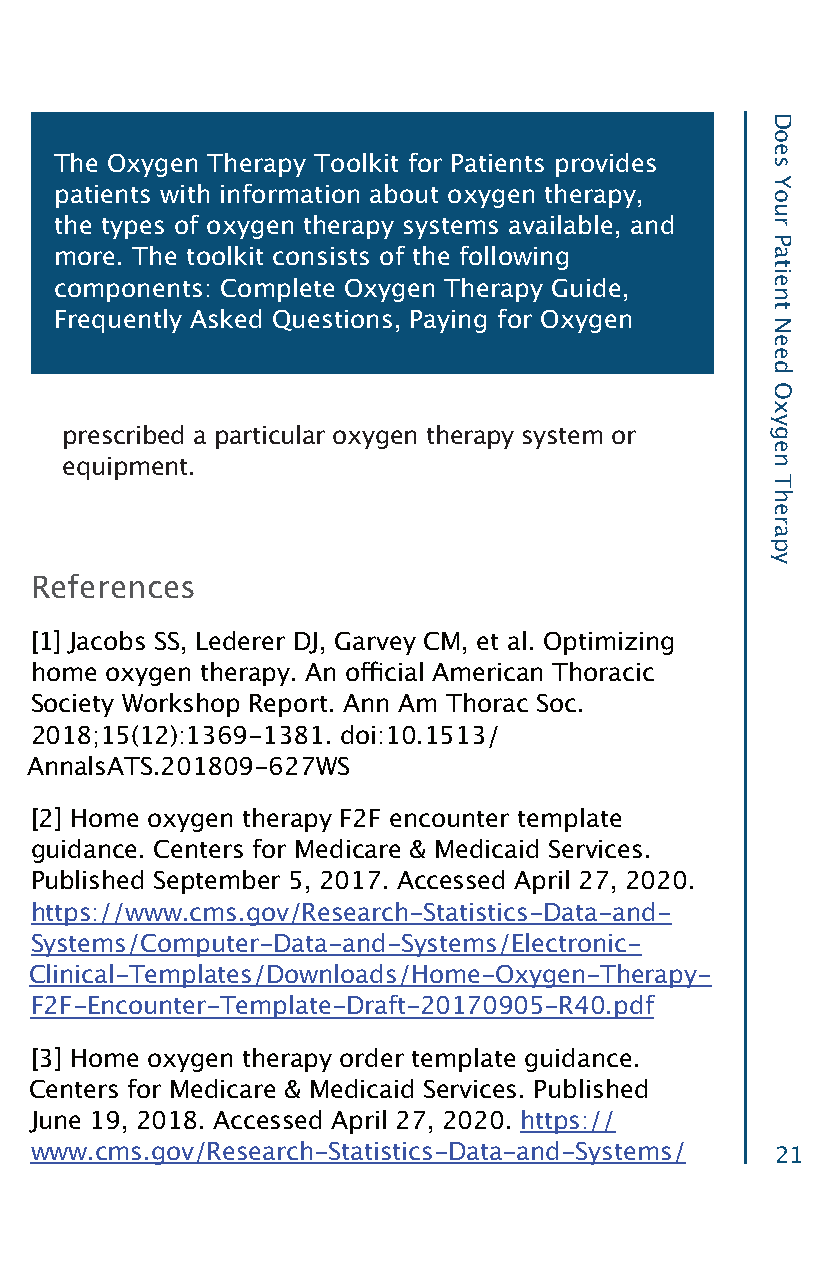
The Oxygen Therapy Toolkit for Patients provides
 patients with information about oxygen therapy,
 the types of oxygen therapy systems available, and
 more. The toolkit consists of the following
 components: Complete Oxygen Therapy Guide,
 Frequently Asked Questions, Paying for Oxygen
 prescribed a particular oxygen therapy system or
 equipment.
 References
 [1] Jacobs SS, Lederer DJ, Garvey CM, et al. Optimizing
 home oxygen therapy. An official American Thoracic
 Society Workshop Report. Ann Am Thorac Soc.
 2018;15(12):1369-1381. doi:10.1513/
 AnnalsATS.201809-627WS
 [2] Home oxygen therapy F2F encounter template
 guidance. Centers for Medicare & Medicaid Services.
 Published September 5, 2017. Accessed April 27, 2020.
 https://www.cms.gov/Research-Statistics-Data-and-
 Systems/Computer-Data-and-Systems/Electronic-
 Clinical-Templates/Downloads/Home-Oxygen-Therapy-
 F2F-Encounter-Template-Draft-20170905-R40.pdf
 [3] Home oxygen therapy order template guidance.
 Centers for Medicare & Medicaid Services. Published
 June 19, 2018. Accessed April 27, 2020. https://
 www.cms.gov/Research-Statistics-Data-and-Systems/ 21
 Does
 Your
 Patient
 Need
 Oxygen
 Therapy